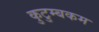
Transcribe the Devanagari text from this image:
कुटुम्‍बकम